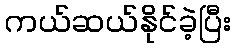
ကယ်ဆယ်နိုင်ခဲ့ပြီး